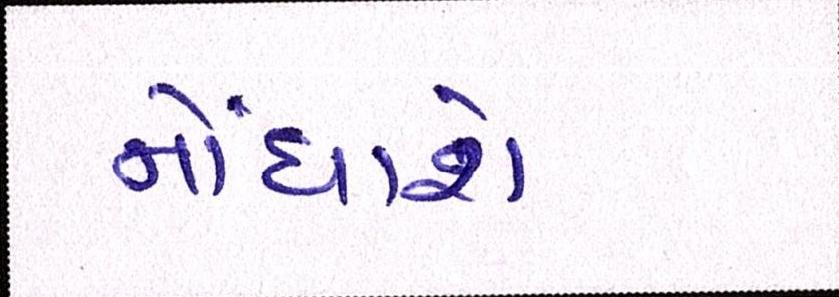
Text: નોંધાશે